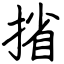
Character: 㨘